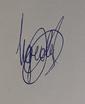
Signature authenticity: genuine